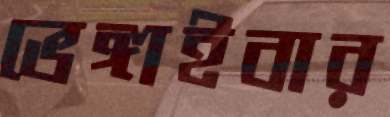
ভেঙ্গাইবার